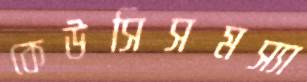
কেউসিসমস্যা